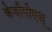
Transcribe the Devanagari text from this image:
केबीपीएस्‌